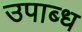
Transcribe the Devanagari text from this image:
उपाब्ध